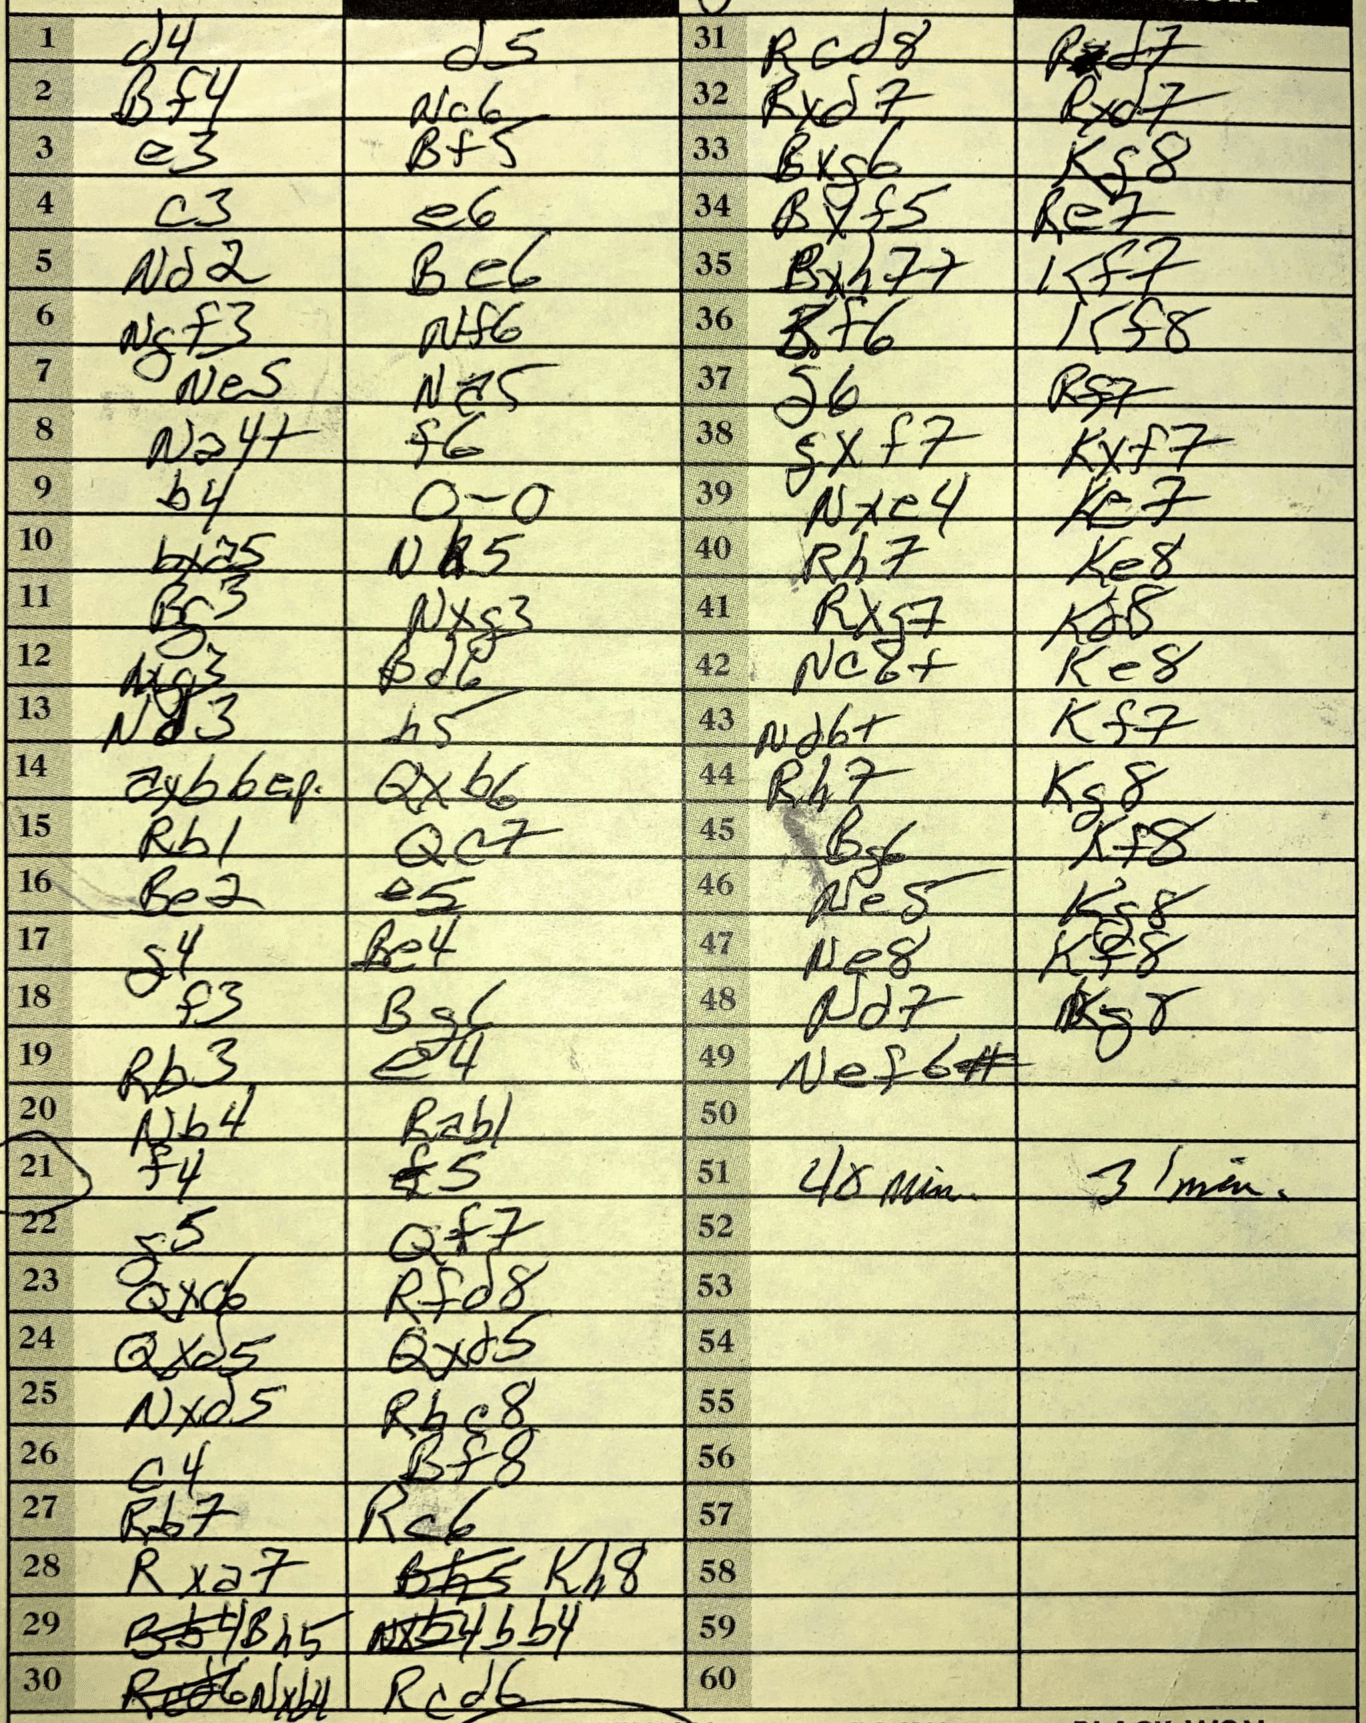
Moves: d4 d5 Bf4 Nc6 e3 Bf5 c3 e6 Nd2 Be6 Ngf3 Nf6 Ne5 Na5 Na4+ f6 b4 O-O bxa5 Nb5 Bg3 Nxg3 Bd6 Nd3 h5 axb6 Qxb6 Rb1 Qc7 Be2 e5 g4 Be4 f3 Bg6 Rb3 e4 Nb4 Rab1 f4 f5 g5 Qf7 Qxd6 Rfd8 Qxd5 Qxd5 Nxd5 Rbc8 c4 Bf8 Rb7 Rc6 Rxa7 Kh8 Rcd6 Rcd8 Rd7 Rxd7 Rxd7 Bxg6 Kf8 Bxf5 Re7 Bxh7+ Kf7 Kf8 g6 Rf7 gxf7 Kxf7 Nxe4 Ke7 Rh7 Ke8 Rxg7 Kd8 Nc6+ Ke8 Nd6+ Kf7 Rh7 Kg8 Bg6 Kf8 Ne5 Kg8 Ne8 Kf8 Nd7 Kg8 Nef6#